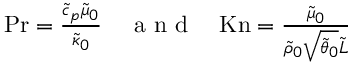
\begin{array} { r } { \mathrm { P r } = \frac { \tilde { c } _ { p } \tilde { \mu } _ { 0 } } { \tilde { \kappa } _ { 0 } } \quad \mathrm { ~ a ~ n ~ d ~ } \quad \mathrm { K n } = \frac { \tilde { \mu } _ { 0 } } { \tilde { \rho } _ { 0 } \sqrt { \tilde { \theta } _ { 0 } } \tilde { L } } } \end{array}